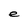
Character: e